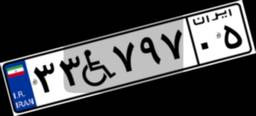
۳۳W۷۹۷۰۵